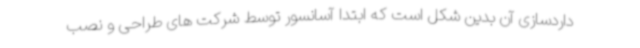
داردسازی آن بدین شکل است که ابتدا آسانسور توسط شرکت های طراحی و نصب